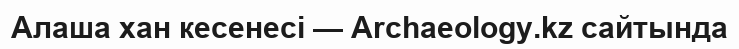
Алаша хан кесенесі — Archaeology.kz сайтында